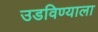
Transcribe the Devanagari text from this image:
उडविण्याला